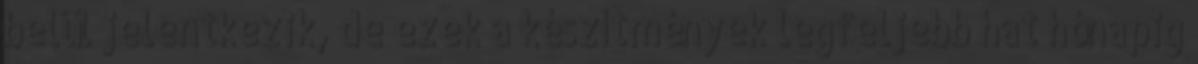
belül jelentkezik, de ezek a készítmények legfeljebb hat hónapig